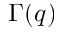
\Gamma ( q )